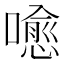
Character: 𡀍